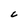
Character: C